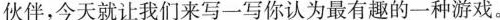
伙伴，今天就让我们来写一写你认为最有趣的一种游戏。